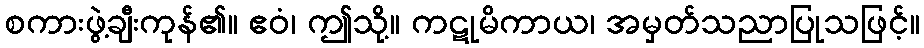
စကားဖွဲ့ချီးကုန်၏။ ဧဝံ၊ ဤသို့။ ကဋုမိကာယ၊ အမှတ်သညာပြုသဖြင့်။